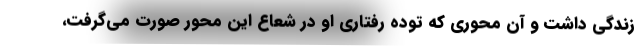
زندگی داشت و آن محوری که توده رفتاری او در شعاع این محور صورت می‌گرفت،